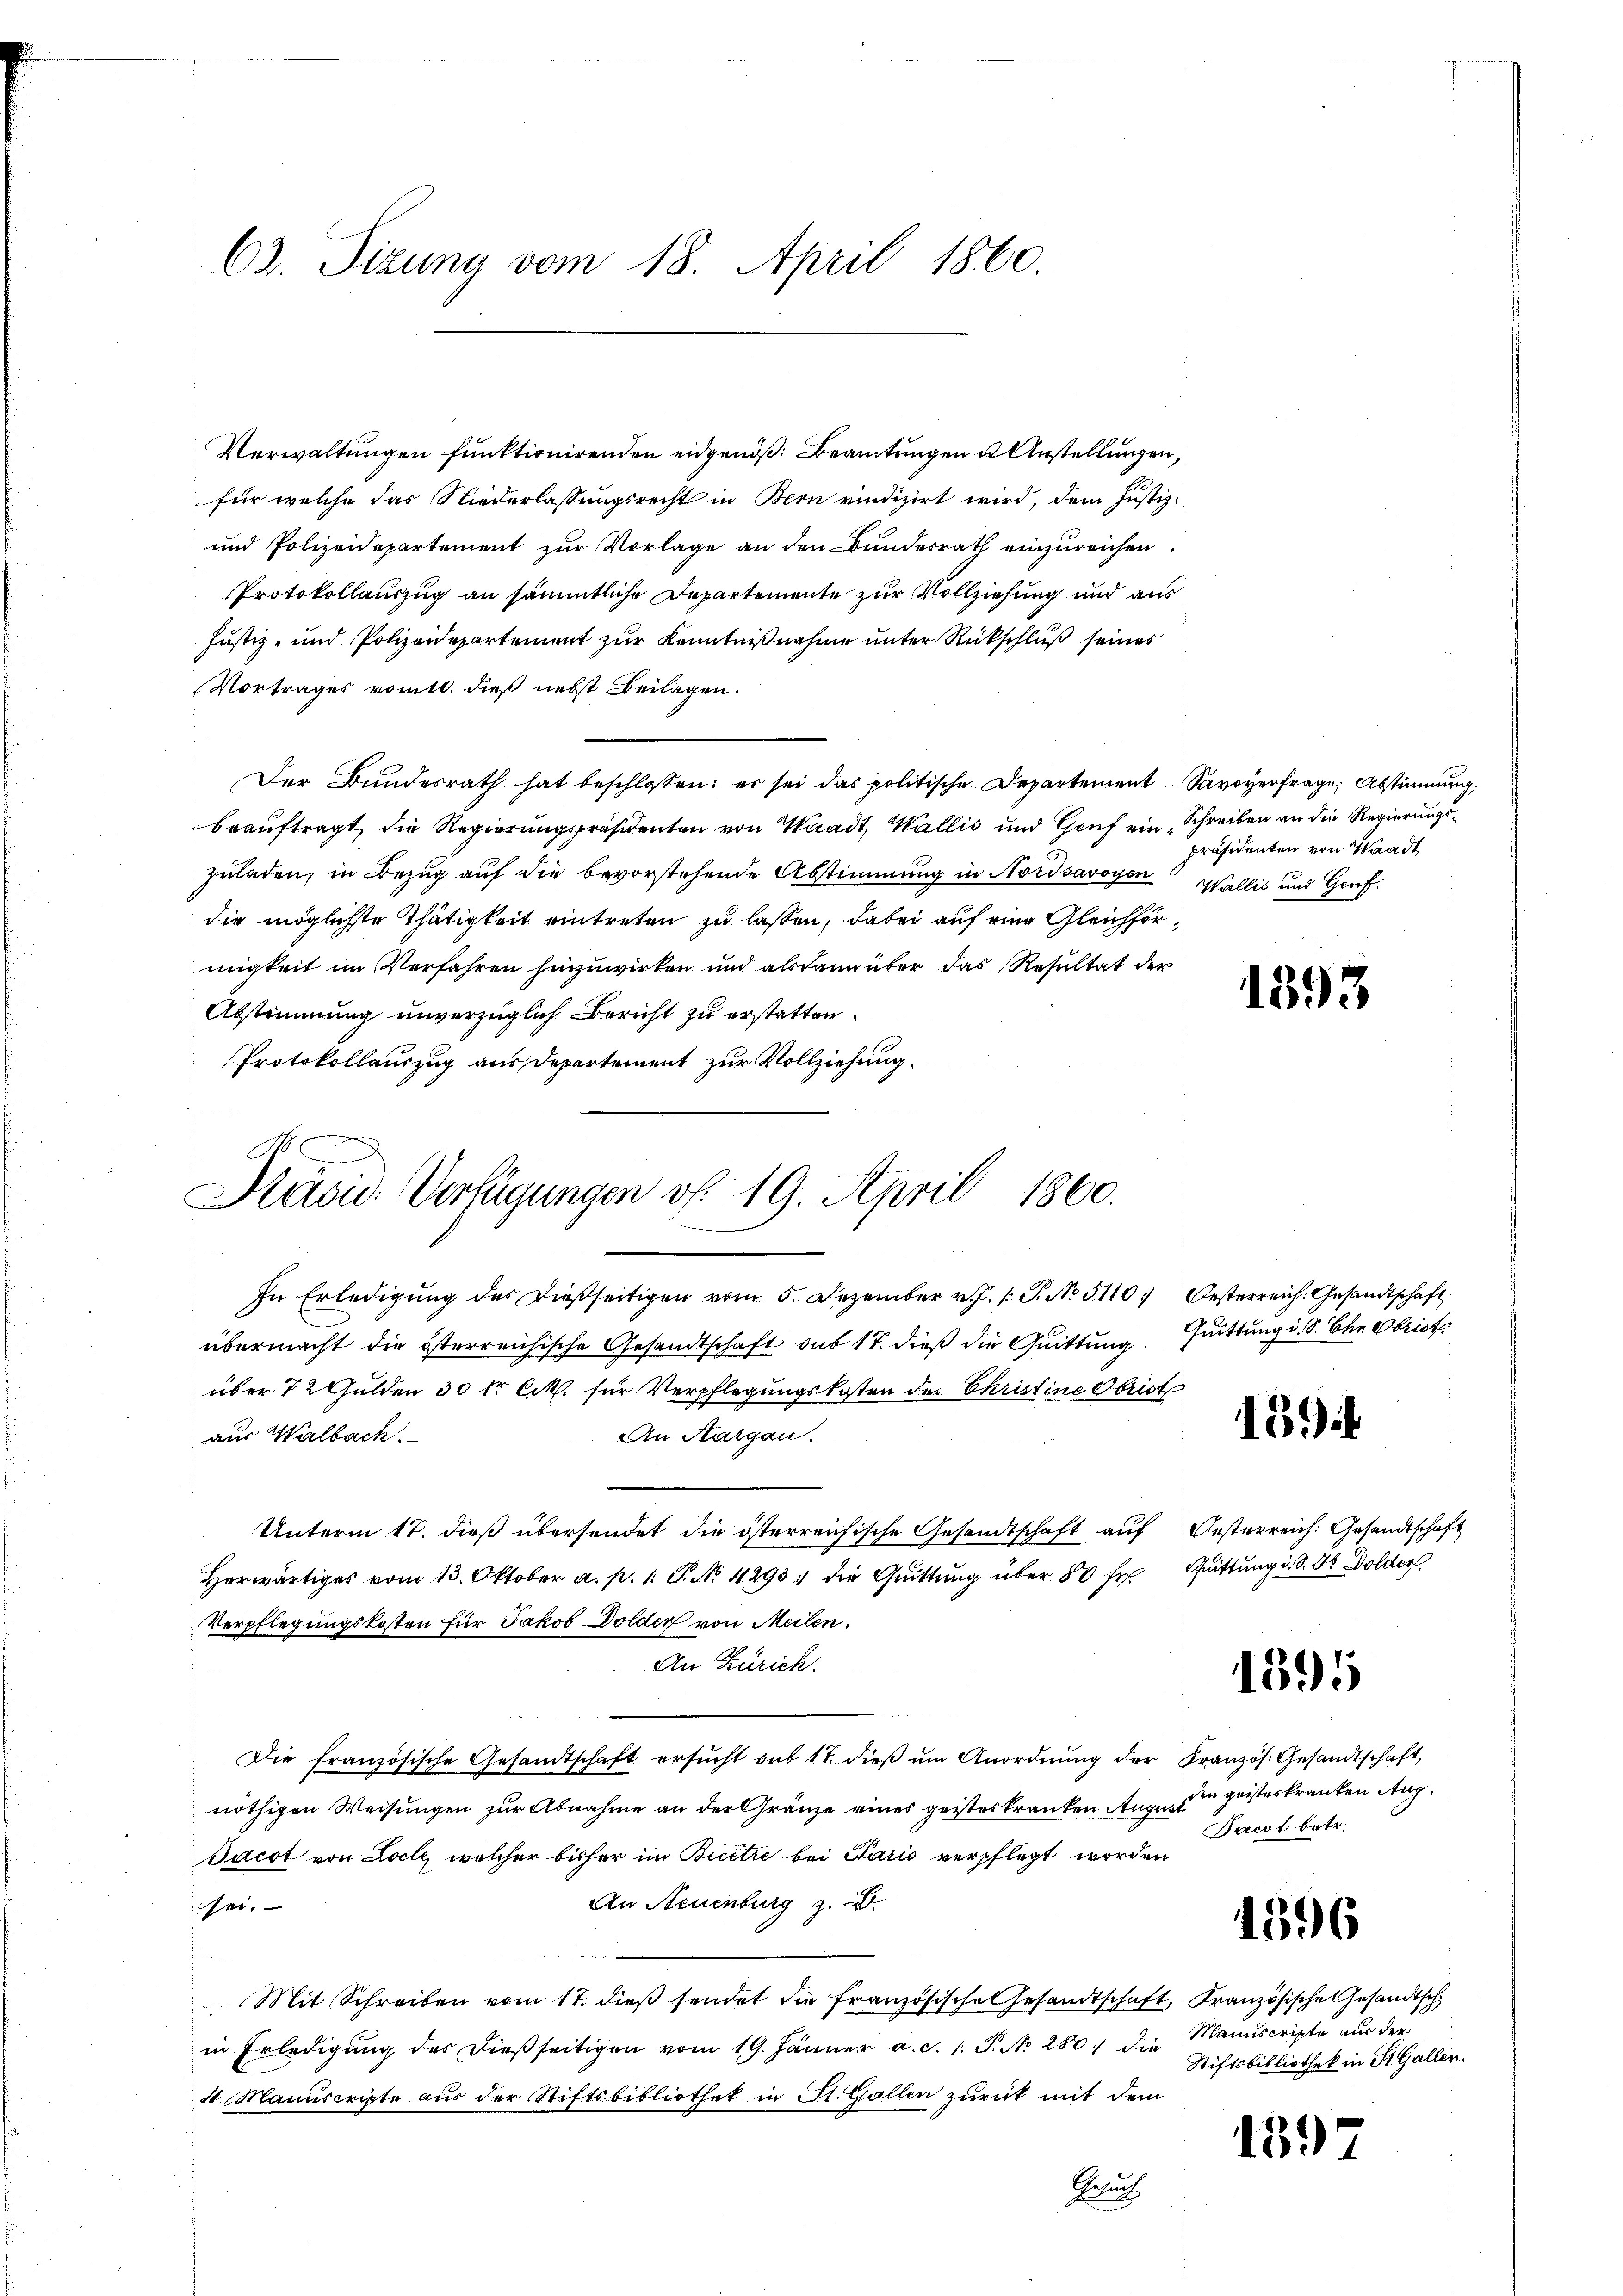
62. Sizung vom 18. April 1860.

Verwaltungen funktionirenden eidgenöß. Beamtungen u. Anstellungen,
für welche das Niederlassungsrecht in Bern vindizirt wird, dem Justiz¬
und Polizeidepartement zur Vorlage an den Bundesrath einzureichen.
Protokollauszug an sämmtliche Departemente zur Vollziehung und aus
Justiz- und Polizeidepartement zur Kenntnißnahme unter Rückschluß seines
Vortrages vomtl. dieß nebst Beilagen.
Der Bundesrath hat beschlossen: es sei das politische Departement Savoyerfrage, Abstimmung,
beauftragt, die Regierungspräsidenten von Waadt, Wallis und Genf ein „Schreiben an die Regierungszuladen, in Bezug auf die bevorstehende Abstimmung in Nordsavoyen Wallis und Genf.
die möglichste Thätigkeit eintreten zu lassen, dabei auf eine Gleichförmigkeit im Verfahren hinzuwirken und alsdann über das Resultat der
Abstimmung unverzüglich Bericht zu erstatten.
Protokollauszug aus Departement zur Vollziehung.

Präsid. Verfügungen v. 19. April 1860.

In Erledigŭng des dießseitigen vom 5. Dezember v.J. s. S. No 5110) Oesterreich. Gesandtschaft
übermacht die österreichische Gesandtschaft sub 17. dieß die Quittung
über 7 2 Gulden 30 tr. lit. für Verpflegungskosten der Christine Obrist
aus Walbach.
An Aargau.
Unterm 17. dieß übersendet die österreichische Gesandtschaft auf Oesterreich: Gesandtschaft
Herwärtiges vom 13. Oktober a. p. 1: P. N. 4293) die Grittŭng über 50 fr. Quittung i. S. 5 Dolder
Verpflegungskosten für Jakob Dolder von Meilen.
An Zürich.
Die französische Gesandtschaft ersŭcht sub 17. dieβ ŭm Anordnŭng der Französ. Gesandtschaft,
nöthigen Weisungen zur Abnahme an der Gränze eines geisteskranken August
Jacot von Locle, welcher bisher im Bicetie bei Paris verpflegt worden
An Neuenburg z. B.
sei.
Mit Schreiben vom 17. dieß sendet die französische Gesandtschaft, Französische Gesandtsch
in Erledigung des dießseitigen vom 19. Jänner a. c. 1. P. No. 280 die
4 Manuscripte aus der Stiftsbibliothek in St. Gallen zurück mit dem
Bruch

präsidenten von Waadt

1393

Quittung d. S. Ohr Obrist.

15

1395

den geisteskranken Aug.
Pacot betr.

1596

Manuscripte aus der
Stiftsbibliothek in St. Gallen.

1397